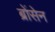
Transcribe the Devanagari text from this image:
ब्रोंसेन